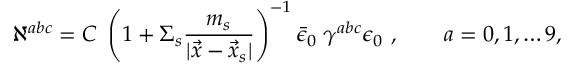
\aleph ^ { a b c } = C \; \left( 1 + \Sigma _ { s } { \frac { m _ { s } } { | \vec { x } - \vec { x } _ { s } | } } \right) ^ { - 1 } \bar { \epsilon } _ { 0 } \; \gamma ^ { a b c } \epsilon _ { 0 } \ , \qquad a = 0 , 1 , \dots 9 ,